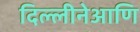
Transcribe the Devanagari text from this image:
दिल्लीनेआणि